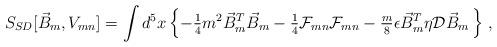
LaTeX: \begin{align*}S_{SD}[\vec{B}_{m},V_{mn}] = \int d^{5}x \left\{-{\textstyle\frac{1}{4}} m^2 \vec{B}^{T}_{m} \vec{B}_{m}-{\textstyle\frac{1}{4}}{\cal F}_{mn}{\cal F}_{mn}-{\textstyle\frac{m}{8}} \epsilon\vec{B}^{T}_{m} \eta \mathcal{D} \vec{B}_{m}\, \right\}\, ,\end{align*}